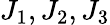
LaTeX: J_{1},J_{2},J_{3}